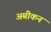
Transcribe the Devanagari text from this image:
अम्रीकन